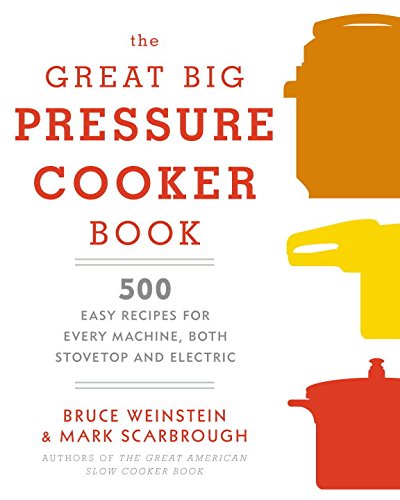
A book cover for The Great Big Pressure Cooker Book: 500 Easy Recipes for Every Machine, Both Stovetop and Electric; Bruce Weinstein; Cookbooks, Food & Wine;